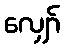
လျှော်